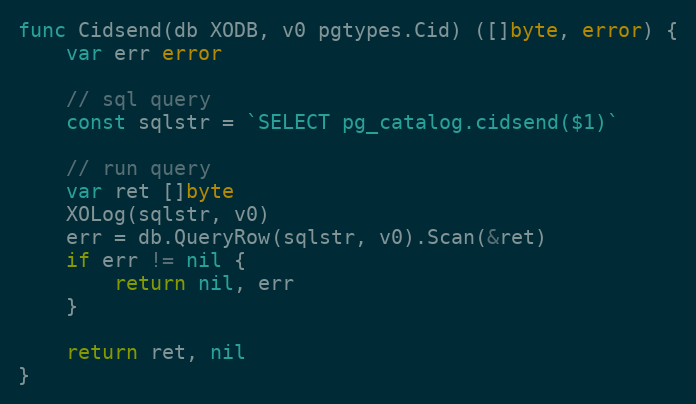
Language: Go
func Cidsend(db XODB, v0 pgtypes.Cid) ([]byte, error) {
	var err error

	// sql query
	const sqlstr = `SELECT pg_catalog.cidsend($1)`

	// run query
	var ret []byte
	XOLog(sqlstr, v0)
	err = db.QueryRow(sqlstr, v0).Scan(&ret)
	if err != nil {
		return nil, err
	}

	return ret, nil
}